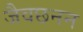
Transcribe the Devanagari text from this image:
जैवछनन